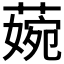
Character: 𦹅